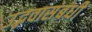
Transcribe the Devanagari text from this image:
उद्भवासंबंधी